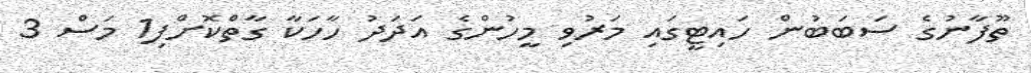
ތޫފާނުގެ ސަބަބުން ހައިޓީގައި މަރުވި މީހުންގެ އަދަދު ހާހަކާ ގާތްކޮށްފި1 މަސް 3